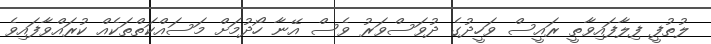
ލުތުފީ ފިލާފައިވާތީ ރައީސް ވަހީދުގެ ދުވަސްވަރު ވެސް އޭނާ ހޯދުމަށް މަސައްކަތްތަކެއް ކުރައްވާފައިވެ